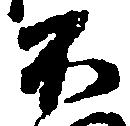
不